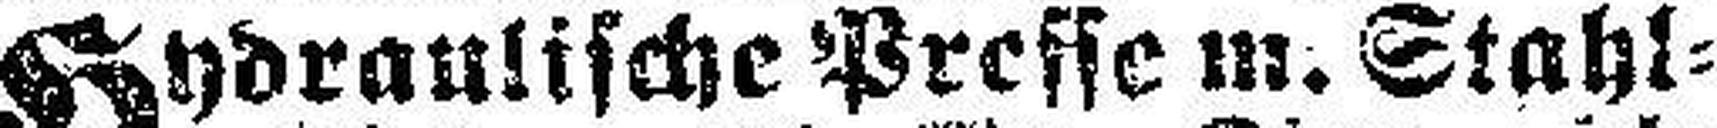
Hydraulische Presse m. Stahl¬